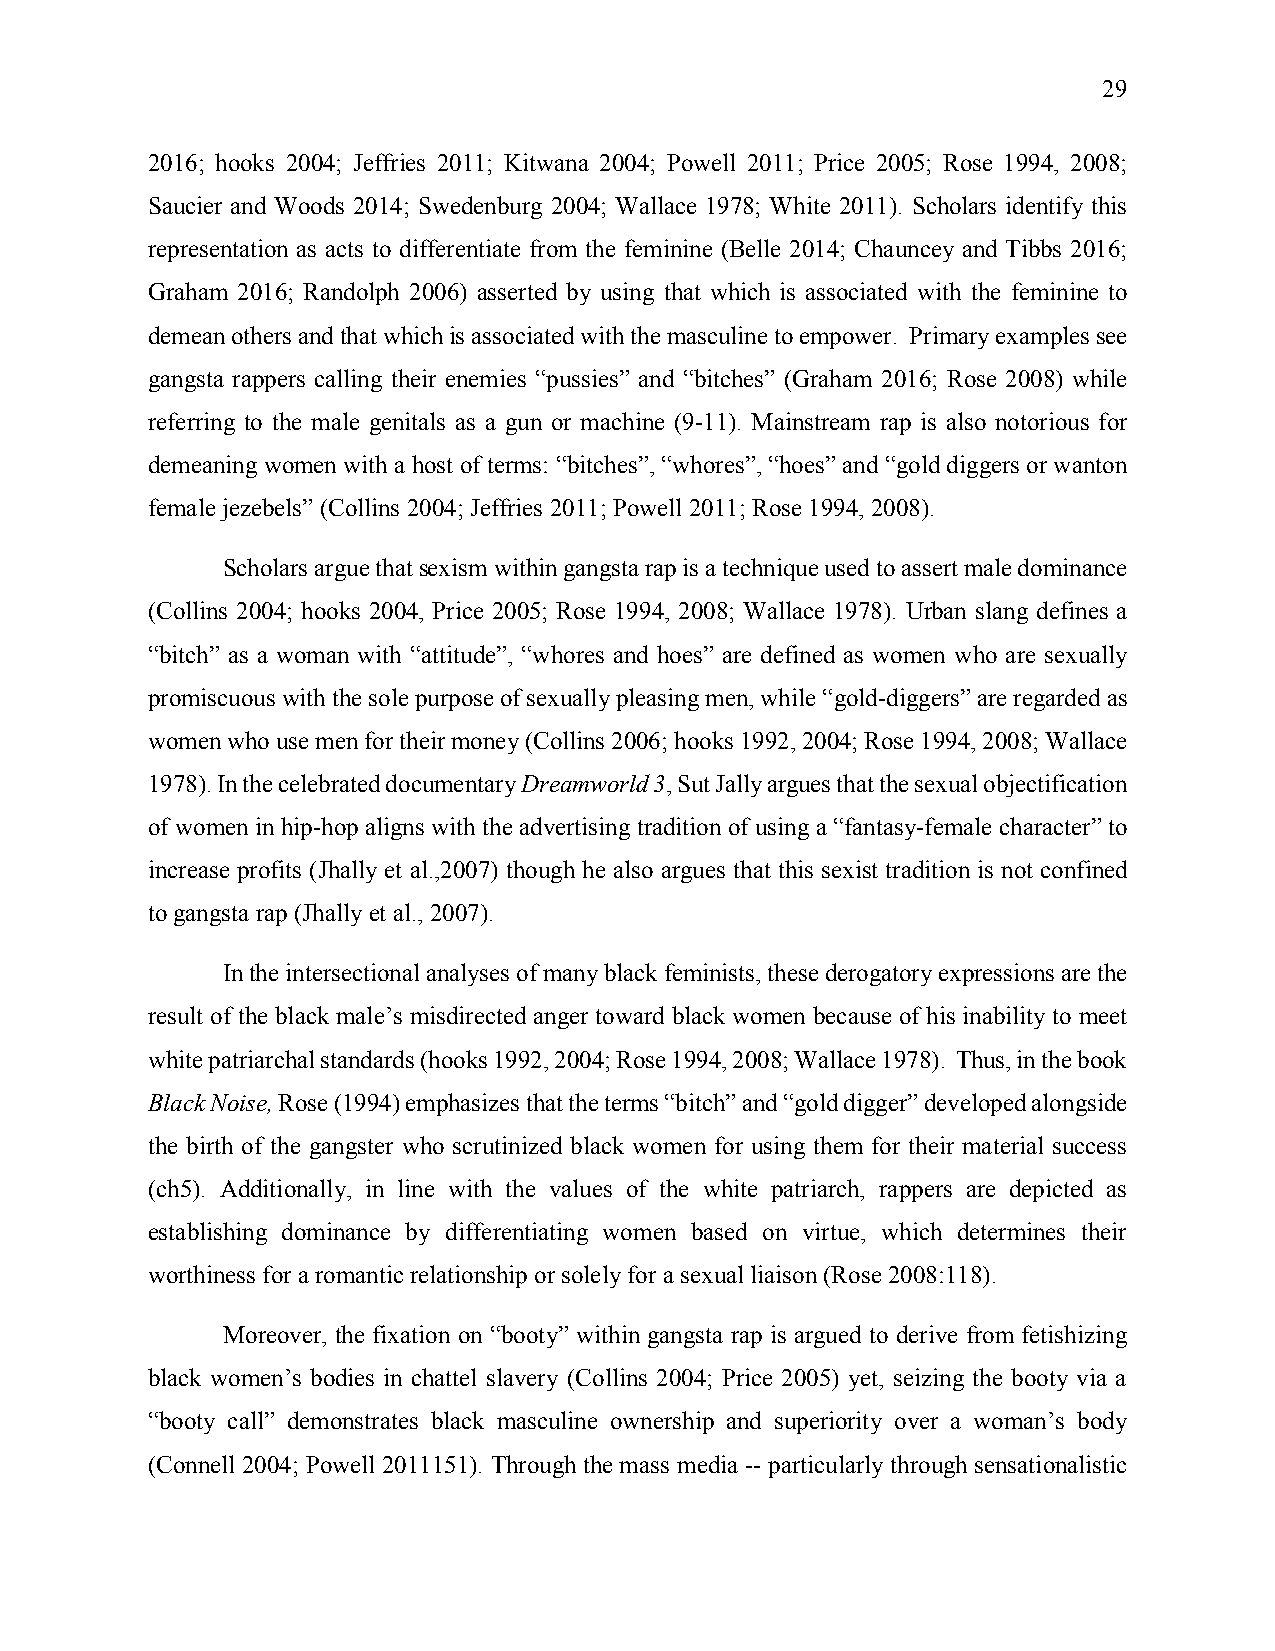
29
 2016; hooks 2004; Jeffries 2011; Kitwana 2004; Powell 2011; Price 2005; Rose 1994, 2008;
 Saucier and Woods 2014; Swedenburg 2004; Wallace 1978; White 2011). Scholars identify this
 representation as acts to differentiate from the feminine (Belle 2014; Chauncey and Tibbs 2016;
 Graham 2016; Randolph 2006) asserted by using that which is associated with the feminine to
 demean others and that which is associated with the masculine to empower. Primary examples see
 gangsta rappers calling their enemies “pussies” and “bitches” (Graham 2016; Rose 2008) while
 referring to the male genitals as a gun or machine (9-11). Mainstream rap is also notorious for
 demeaning women with a host of terms: “bitches”, “whores”, “hoes” and “gold diggers or wanton
 female jezebels” (Collins 2004; Jeffries 2011; Powell 2011; Rose 1994, 2008).
 Scholars argue that sexism within gangsta rap is a technique used to assert male dominance
 (Collins 2004; hooks 2004, Price 2005; Rose 1994, 2008; Wallace 1978). Urban slang defines a
 “bitch” as a woman with “attitude”, “whores and hoes” are defined as women who are sexually
 promiscuous with the sole purpose of sexually pleasing men, while “gold-diggers” are regarded as
 women who use men for their money (Collins 2006; hooks 1992, 2004; Rose 1994, 2008; Wallace
 1978). In the celebrated documentary Dreamworld 3, Sut Jally argues that the sexual objectification
 of women in hip-hop aligns with the advertising tradition of using a “fantasy-female character” to
 increase profits (Jhally et al.,2007) though he also argues that this sexist tradition is not confined
 to gangsta rap (Jhally et al., 2007).
 In the intersectional analyses of many black feminists, these derogatory expressions are the
 result of the black male’s misdirected anger toward black women because of his inability to meet
 white patriarchal standards (hooks 1992, 2004; Rose 1994, 2008; Wallace 1978). Thus, in the book
 Black Noise, Rose (1994) emphasizes that the terms “bitch” and “gold digger” developed alongside
 the birth of the gangster who scrutinized black women for using them for their material success
 (ch5). Additionally, in line with the values of the white patriarch, rappers are depicted as
 establishing dominance by differentiating women based on virtue, which determines their
 worthiness for a romantic relationship or solely for a sexual liaison (Rose 2008:118).
 Moreover, the fixation on “booty” within gangsta rap is argued to derive from fetishizing
 black women’s bodies in chattel slavery (Collins 2004; Price 2005) yet, seizing the booty via a
 “booty call” demonstrates black masculine ownership and superiority over a woman’s body
 (Connell 2004; Powell 2011151). Through the mass media -- particularly through sensationalistic